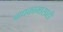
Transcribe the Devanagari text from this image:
बाधकामासाठी